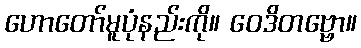
ဟောတော်မူပုံနည်းကို။ ဝေဒိတဗ္ဗော။